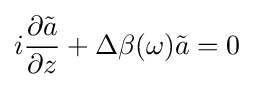
i{\frac {\partial {\tilde {a}}}{\partial z}}+\Delta \beta (\omega ){\tilde {a}}=0